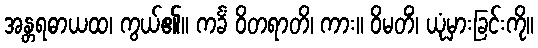
အန္တရဓာယထ၊ ကွယ်၏။ ကင်္ခံ ဝိတရာတိ၊ ကား။ ဝိမတိံ၊ ယုံမှားခြင်းကို။